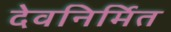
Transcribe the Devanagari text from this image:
देवनिर्मित